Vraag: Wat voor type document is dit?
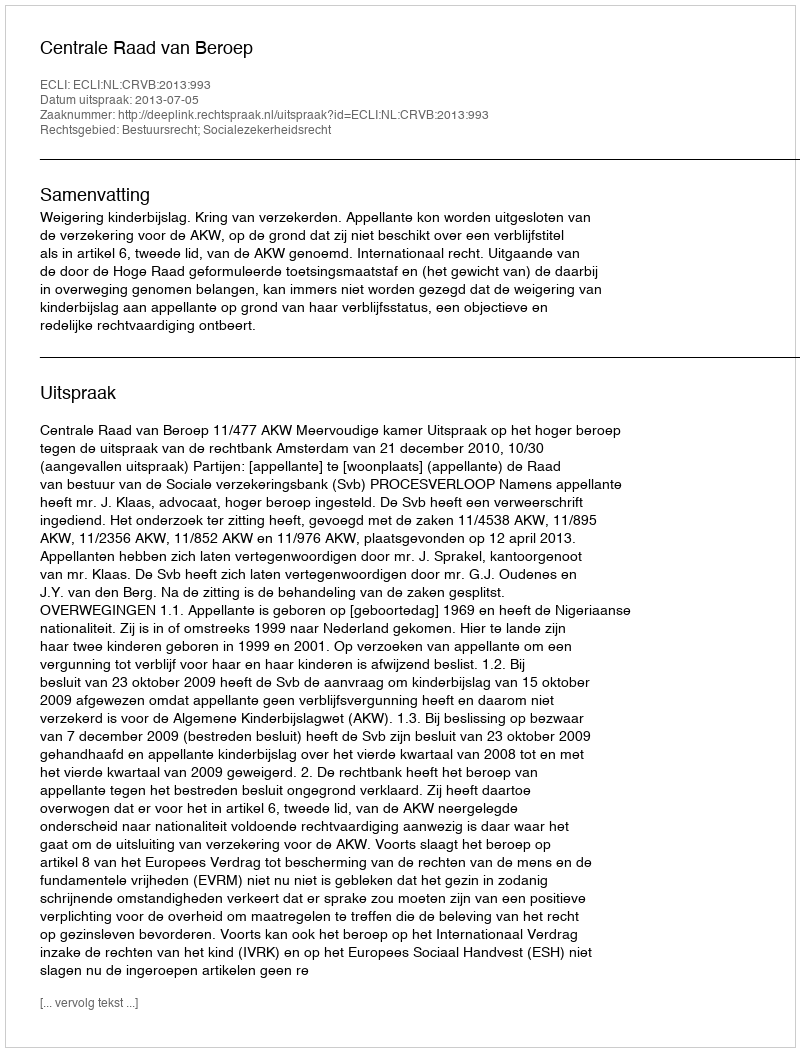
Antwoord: Uitspraak